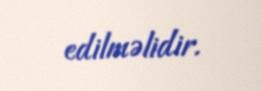
edilməlidir.